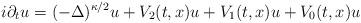
LaTeX: \begin{align*}i\partial_t u=(-\Delta)^{\kappa/2}u+V_2(t,x) u+V_1(t,x) u+V_0(t,x) u\\\end{align*}